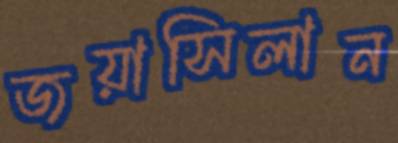
জয়াসিলান